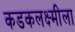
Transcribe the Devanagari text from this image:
कडकलक्ष्मीला